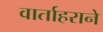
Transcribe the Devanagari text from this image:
वार्ताहराने